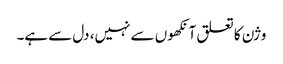
وژن کا تعلق آنکھوں سے نہیں، دل سے ہے۔